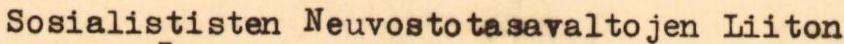
Sosialististen Neuvostotasavaltojen Liiton